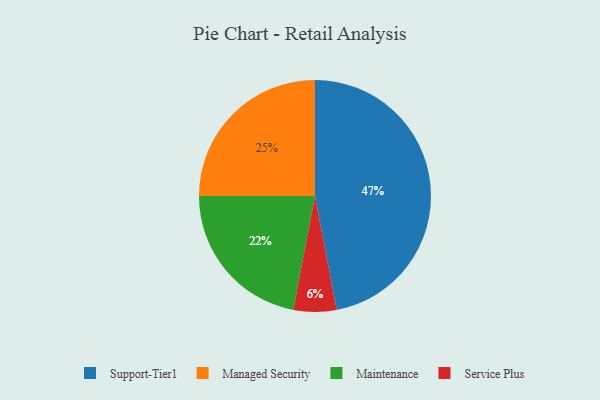
{"axis": {"x": "Category", "y": "Percentage"}, "legend": ["Maintenance", "Managed Security", "Service Plus", "Support-Tier1"], "data": [{"x": "Managed Security", "y": 25, "type": "Managed Security"}, {"x": "Support-Tier1", "y": 47, "type": "Support-Tier1"}, {"x": "Maintenance", "y": 22, "type": "Maintenance"}, {"x": "Service Plus", "y": 6, "type": "Service Plus"}]}